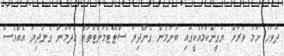
ދުވަހު ހަމަ ވަރަށް ޔަގީންކަމާއެކީގައި ބުނަމުން ގެންދިޔަ ސްޓޭޓްމަންޓްތައް ހަދަމުން ގެންދިޔަ އެއްވެސް